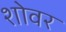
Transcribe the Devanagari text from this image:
शोवर